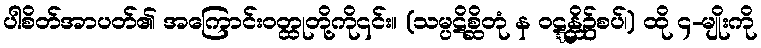
ပါစိတ်အာပတ်၏ အကြောင်းဝတ္ထုတို့ကို၎င်း။ (သမ္ပဋိစ္ဆိတုံ န ဝဋ္ဋန္တိ၌စပ်၊) ထို ၄-မျိုးကို